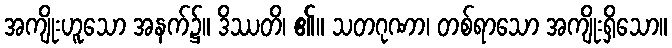
အကျိုးဟူသော အနက်၌။ ဒိဿတိ၊ ၏။ သတဂုဏာ၊ တစ်ရာသော အကျိုးရှိသော။